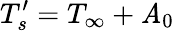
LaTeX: {T_{s}^{\prime}}=T_{\infty}+\mathit{A}_{0}